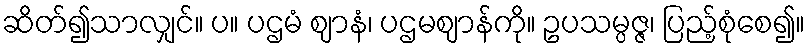
ဆိတ်၍သာလျှင်။ ပ။ ပဌမံ ဈာနံ၊ ပဌမဈာန်ကို။ ဥပသမ္ပဇ္ဇ၊ ပြည့်စုံစေ၍။